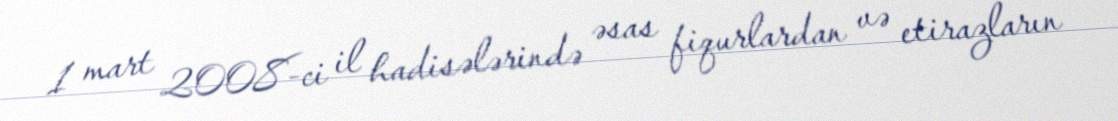
1 mart 2008-ci il hadisələrində əsas fiqurlardan və etirazların